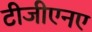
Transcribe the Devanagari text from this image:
टीजीएनए